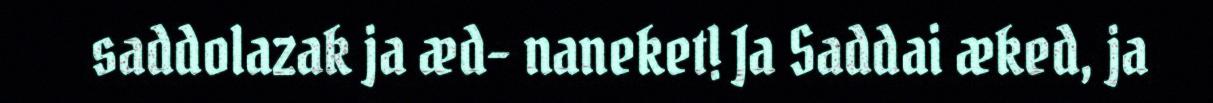
saddolazak ja æd- naneket! Ja Saddai æked, ja